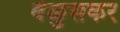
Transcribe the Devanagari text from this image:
वेळुसकर